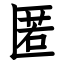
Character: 匿